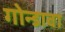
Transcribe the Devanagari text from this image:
गोन्डावा